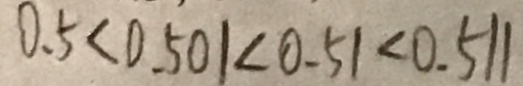
0 . 5 < 0 . 5 0 1 < 0 . 5 1 < 0 . 5 1 1